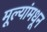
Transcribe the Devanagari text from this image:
मूल्‍यांमधून